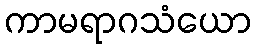
ကာမရာဂသံယော